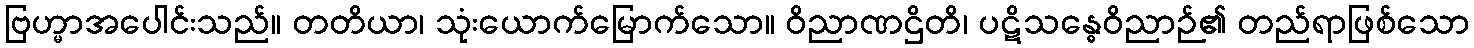
ဗြဟ္မာအပေါင်းသည်။ တတိယာ၊ သုံးယောက်မြောက်သော။ ဝိညာဏဌိတိ၊ ပဋိသန္ဓေဝိညာဉ်၏ တည်ရာဖြစ်သော